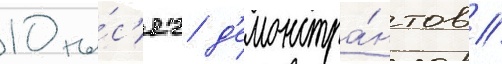
10 ты́с'яч д'емонстра́нтов //